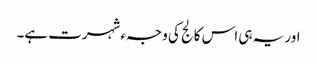
اور یہ ہی اس کالج کی وجہء شہرت ہے۔